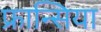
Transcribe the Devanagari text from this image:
फ्रान्सिया